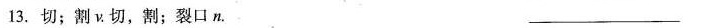
13.切；割ν.切，割；裂口n. ___